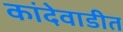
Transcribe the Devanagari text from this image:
कांदेवाडीत